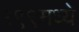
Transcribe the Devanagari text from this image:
१९९मध्ये